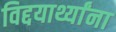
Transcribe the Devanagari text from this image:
विद्दयार्थ्यांना